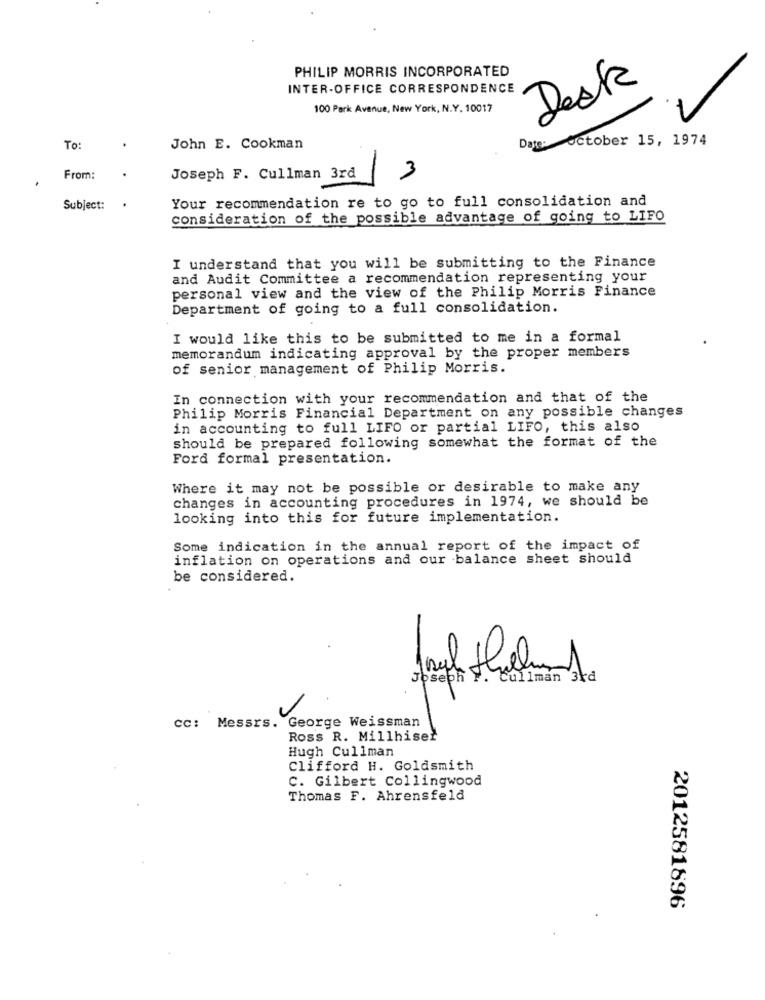
PHILIP MORRIS INCORPORATED
INTER-OFFICE CORRESPONDENCE
Desk
100 Park Avenue, New York, N.Y. 10017
Date: october 15, 1974
To:
John E. Cookman
-
From:
Joseph F. Cullman 3rd
3
Your recommendation re to go to full consolidation and
Subject:
consideration of the possible advantage of going to LIFO
I understand that you will be submitting to the Finance
and Audit Committee a recommendation representing your
personal view and the view of the Philip Morris Finance
Department of going to a full consolidation.
I would like this to be submitted to me in a formal
memorandum indicating approval by the proper members
of senior management of Philip Morris.
In connection with your recommendation and that of the
Philip Morris Financial Department on any possible changes
in accounting to full LIFO or partial LIFO, this also
should be prepared following somewhat the format of the
Ford formal presentation.
Where it may not be possible or desirable to make any
changes in accounting procedures in 1974, we should be
looking into this for future implementation.
Some indication in the annual report of the impact of
inflation on operations and our balance sheet should
be considered.
Joseph V.
. Cullman 3rd
cc: Messrs. George Weissman
Ross R. Millhiset
Hugh Cullman
Clifford H. Goldsmith
C. Gilbert Collingwood
Thomas F. Ahrensfeld
2012581896